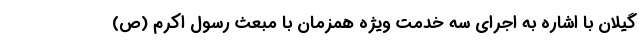
گیلان با اشاره به اجرای سه خدمت ویژه همزمان با مبعث رسول اکرم (ص)